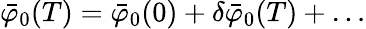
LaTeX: {\bar{\varphi}}_{0}(T)={\bar{\varphi}}_{0}(0)+\delta{\bar{\varphi}}_{0}(T)+\dots